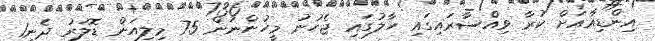
އިންޑިއާއަށް ކުރާ ވިއްސާރައިގައި ހާލުގައި ޖެހުނު މީހުންނަން 75 މިލިއަން ޑޮލަރު ދެނީ1